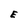
Character: E